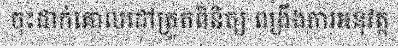
ចុះដាក់គោលដៅត្រួតពិនិត្យ ពង្រឹងការអនុវត្ត